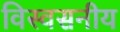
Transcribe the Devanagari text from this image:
विस्वसनीय